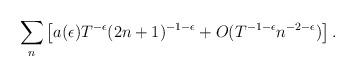
LaTeX: \begin{align*}\sum_{n} \left [ a(\epsilon)T^{-\epsilon}(2n+1)^{-1-\epsilon} + O(T^{-1-\epsilon}n^{-2-\epsilon}) \right ].\end{align*}